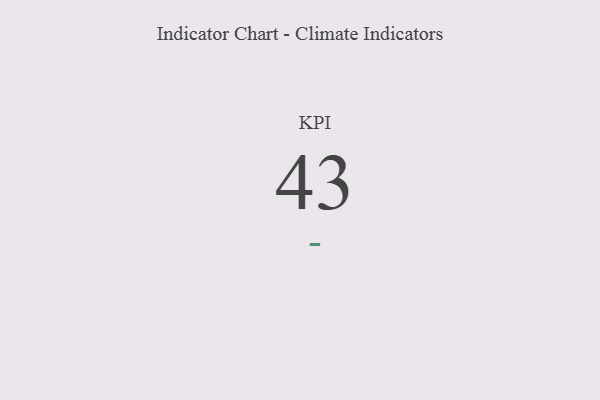
{"axis": {"x": "KPI", "y": "Value"}, "legend": [""], "data": [{"x": "KPI", "y": 43, "type": ""}]}